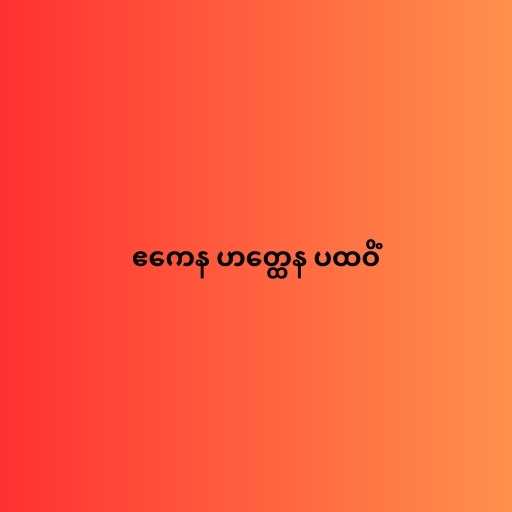
ဧကေန ဟတ္ထေန ပထဝိံ